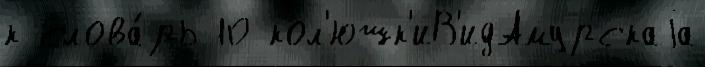
к слова́рь 10 кол'юшк'иВ'идАмурскаjа